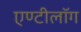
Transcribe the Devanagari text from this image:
एण्टीलॉग